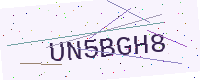
Text: UN5BGH8